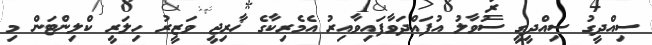
ސިއްދީގު ސިއްދީގީ ސުވާލު އުފައްދަވާފައިވާއިރު އެމެރިކާގެ ޚާރިޖީ ވަޒީރު ހިލަރީ ކްލިންޓަން މި